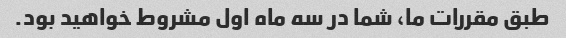
طبق مقررات ما، شما در سه ماه اول مشروط خواهید بود.